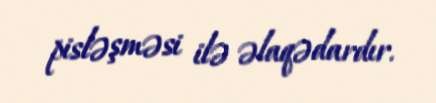
pisləşməsi ilə əlaqədardır.